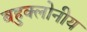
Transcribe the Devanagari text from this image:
बहुक्लोनीय